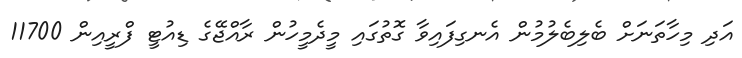
އަދި މިހާތަނަށް ބެލިބެލުމުން އެނގިފައިވާ ގޮތުގައި މީދެމީހުން ރާއްޖޭގެ ޑިއުޓީ ފްރީއިން 11700